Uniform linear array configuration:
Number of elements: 8
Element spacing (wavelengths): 0.25
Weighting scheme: hann
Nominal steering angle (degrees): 0
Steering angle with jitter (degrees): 1.351
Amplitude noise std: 0.05
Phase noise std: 0.05

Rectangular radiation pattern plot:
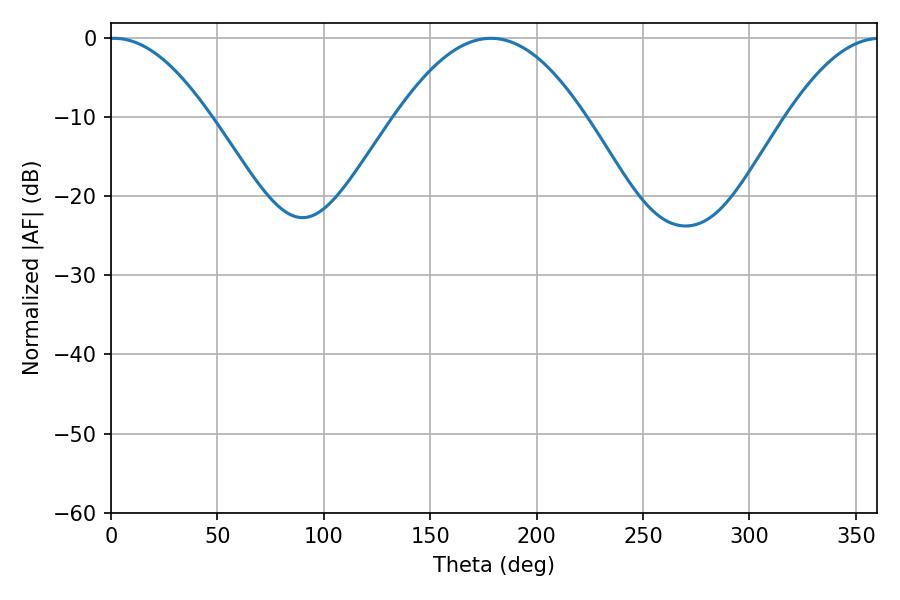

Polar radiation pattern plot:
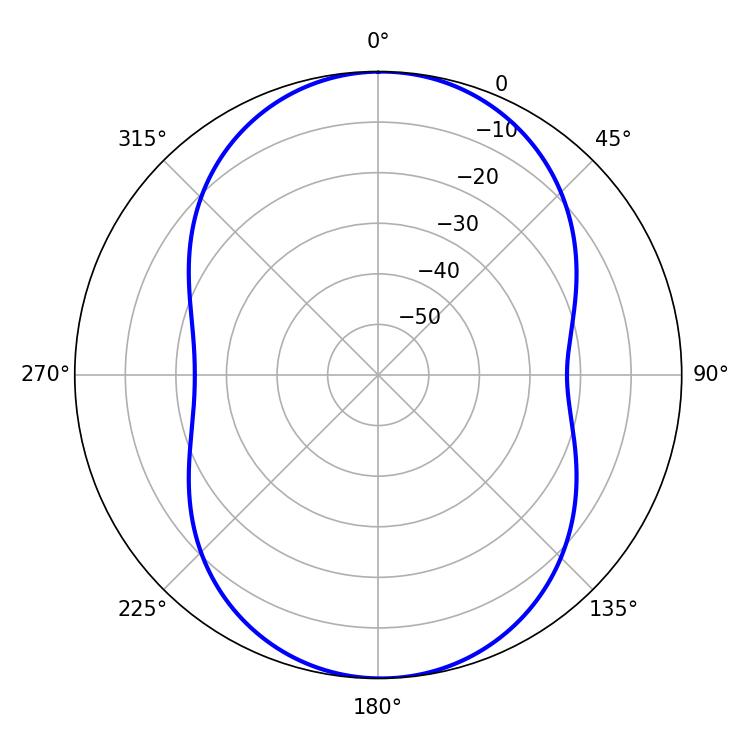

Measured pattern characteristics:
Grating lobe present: FALSE
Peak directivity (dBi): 15.761
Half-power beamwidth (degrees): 25.92
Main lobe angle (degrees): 1.44